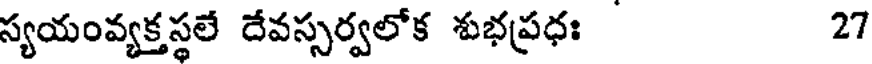
స్యయంవ్యక్తస్థలే దేవస్సర్వలోక శుభప్రధః 27